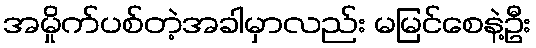
အမှိုက်ပစ်တဲ့အခါမှာလည်း မမြင်စေနဲ့ဦး